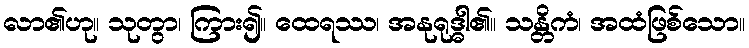
လာ၏ဟု။ သုတွာ၊ ကြား၍။ ထေရဿ၊ အနုရုဒ္ဓါ၏။ သန္တိကံ၊ အထံဖြစ်သော။